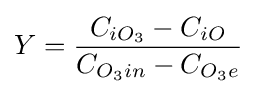
Y={\frac {C_{iO_{3}}-C_{iO}}{C_{O_{3}in}-C_{O_{3}e}}}